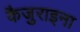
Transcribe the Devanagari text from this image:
कैजुराइना